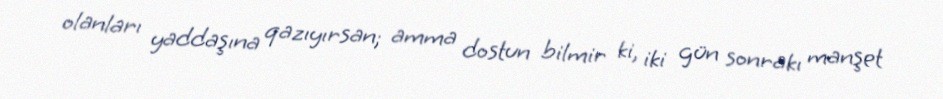
olanları yaddaşına qazıyırsan; amma dostun bilmir ki, iki gün sonrakı manşet